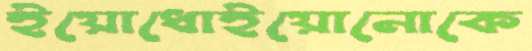
ইয়োধোইয়োনোকে